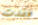
فقدت